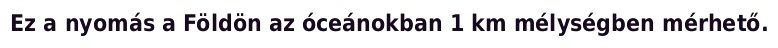
Ez a nyomás a Földön az óceánokban 1 km mélységben mérhető.